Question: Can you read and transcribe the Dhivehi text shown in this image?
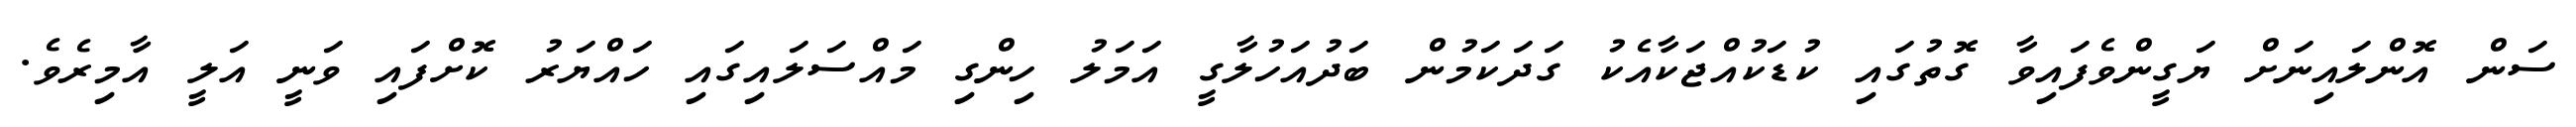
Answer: ސަން އޮންލައިނަށް ޔަގީންވެފައިވާ ގޮތުގައި ކުޑަކުއްޖަކާއެކު ގަދަކަމުން ބަދުއަހުލާގީ އަމަލު ހިންގި މައްސަލައިގައި ހައްޔަރު ކޮށްފައި ވަނީ އަލީ އާމިރެވެ.